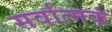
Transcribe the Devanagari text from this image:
सर्वात्मकं